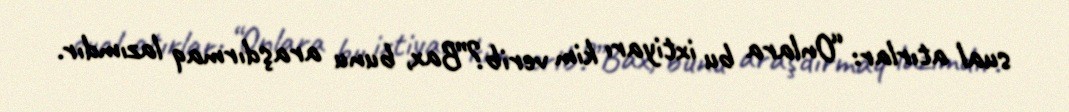
sual atırlar: “Onlara bu ixtiyarı kim verib?”Bax, bunu araşdırmaq lazımdır.